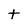
Character: t